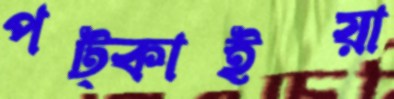
পট্‌কাইয়া